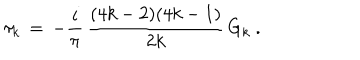
\tau _ { k } \, = \, - { \frac { i } { \pi } } \, { \frac { ( 4 k - 2 ) ( 4 k - 1 ) } { 2 k } } \, G _ { k } \ .